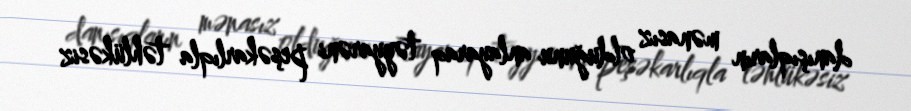
danışıqların mənasız olduğunu anlayaraq təyyarəni peşəkarlıqla təhlükəsiz